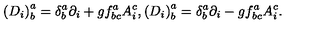
\left( D _ { i } \right) _ { b } ^ { a } = \delta _ { b } ^ { a } \partial _ { i } + g f _ { b c } ^ { a } A _ { i } ^ { c } , \left( D _ { i } \right) _ { b } ^ { a } = \delta _ { b } ^ { a } \partial _ { i } - g f _ { b c } ^ { a } A _ { i } ^ { c } .